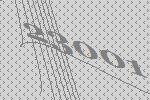
23001